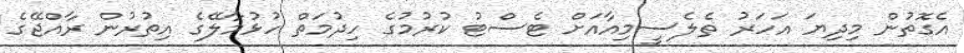
އެގޮތުން މިދިޔަ އަހަރު ތެލެސީމިއާއަށް ޓެސްޓު ކުރުމުގެ ހިދުމަތް ހުޅުމާލޭގެ އިތުރުން ރާއްޖޭގެ